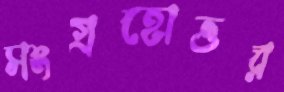
সংগ্রহোত্তর